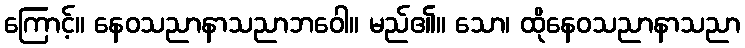
ကြောင့်။ နေဝသညာနာသညာဘဝေါ။ မည်၏။ သော၊ ထိုနေဝသညာနာသညာ